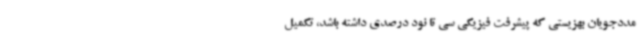
مددجویان بهزیستی که پیشرفت فیزیکی سی تا نود درصدی داشته باشد، تکمیل